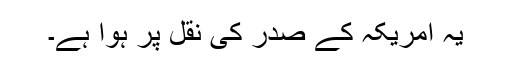
یہ امریکہ کے صدر کی نقل پر ہوا ہے۔